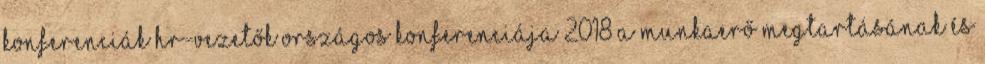
Konferenciák HR-vezetők Országos Konferenciája 2018 A munkaerő megtartásának és